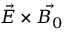
\vec { E } \times \vec { B _ { 0 } }